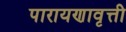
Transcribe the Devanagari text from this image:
पारायणावृत्ती